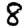
Digit: 8